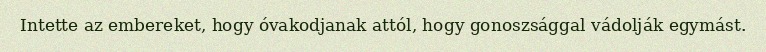
Intette az embereket, hogy óvakodjanak attól, hogy gonoszsággal vádolják egymást.